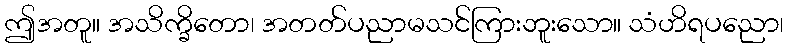
ဤအတူ။ အသိက္ခိတော၊ အတတ်ပညာမသင်ကြားဘူးသော။ သံဟိရပညော၊